Civil Veterinary Department Bihar & Orissa reports 1922-29 - 1922-1929
Year: 1922
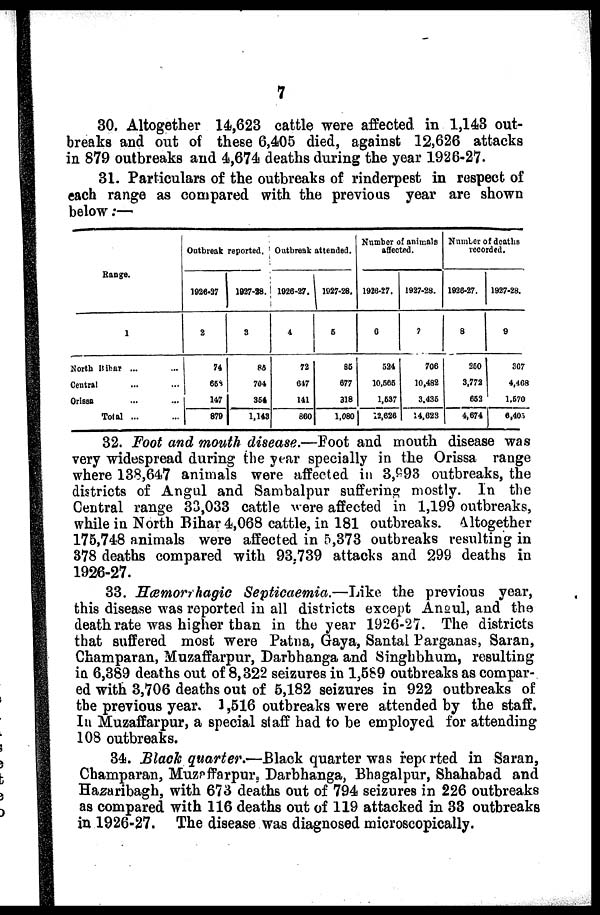
7
30. Altogether 14,623 cattle were affected in 1,148 out-
breaks and out of these 6,405 died, against 12,626 attacks
in 879 outbreaks and 4,674 deaths during the year 1926-27.
31. Particulars of the outbreaks of rinderpest in respect of
each range as compared with the previous year are shown
below:—
Range.
1
North Bihar ...
Central
Orissa
Total ...
Outbreak reported.
1926-27
2
74
653
147
879
1927-28.
3
86
704
354
1,143
Outbreak attended.
1926-27.
4
72
617
141
860
1927-28.
6
86
677
318
1,080
Number of animals
affected.
1926-27.
6
624
10,565
1.637
12,626
1927-28.
7
706
10,482
3.436
14,623
Number of deaths
recorded.
1926-27.
8
360
3,772
663
4,674
1927-28.
9
367
4,468
1,670
6,405.
32. Foot and mouth disease.—Foot and mouth disease was
very widespread during the year specially in the Orissa range
where 138,647 animals were affected in 3,893 outbreaks, the
districts of Angul and Sambalpur suffering mostly. In the
Central range 33,033 cattle were affected in 1,199 outbreaks,
while in North Bihar 4,068 cattle, in 181 outbreaks. Altogether
175,748 animals were affected in 5,373 outbreaks resulting in
378 deaths compared with 93.739 attacks and 299 deaths in
1926-27.
33. Hemorrhagic
Septicaemia.—Like
the previous year,
this disease was reported in all districts except Angul, and the
death rate was higher than in the year 1926-27. The districts
that suffered most were Patna, Gaya, Santal Parganas, Saran,
Champaran, Muzaffarpur, Darbhanga and Singhbhum, resulting
in 6,389 deaths out of 8,322 seizures in 1,689 outbreaks as compar-
ed with 3,706 deaths out of 5,182 seizures in 922 outbreaks of
the previous year. 1,516 outbreaks were attended by the staff.
In Muzaffarpur, a special staff had to be employed for attending
108 outbreaks.
34. Black quarter—Black
quarter was repeated in Saran,
Champaran, Muzaffarpur. Darbhanga, Bhagalpur, Shahabad and
Hazaribagh, with 673 deaths out of 794 seizures in 226 outbreaks
as compared with 116 deaths out of 119 attacked in 33 outbreaks
in 1926-27. The disease was diagnosed microscopically.